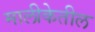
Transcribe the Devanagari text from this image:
मालीकेतील